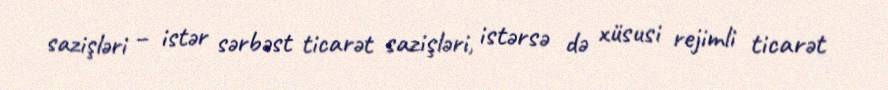
sazişləri – istər sərbəst ticarət sazişləri, istərsə də xüsusi rejimli ticarət